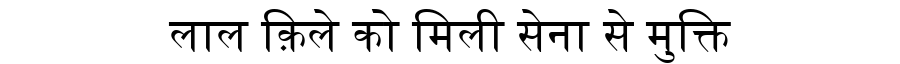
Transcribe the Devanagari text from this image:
लाल क़िले को मिली सेना से मुक्ति